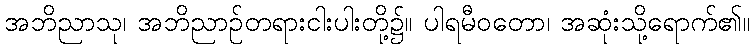
အဘိညာသု၊ အဘိညာဉ်တရားငါးပါးတို့၌။ ပါရမီဝတော၊ အဆုံးသို့ရောက်၏။